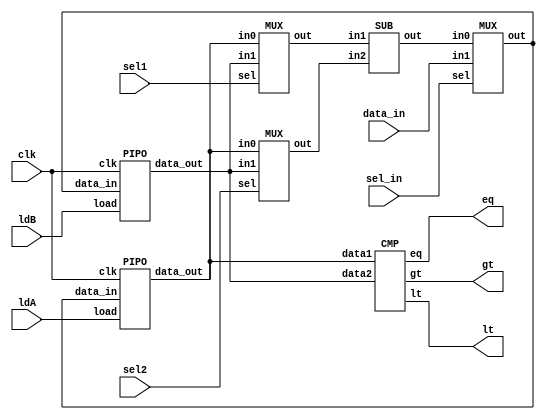
// DATAPATH
module GCD_datapath (gt,lt,eq,ldA,ldB,sel1,sel2,sel_in,data_in,clk);
input ldA,ldB,sel1,sel2,sel_in,clk;
input [15:0] data_in;
output gt,lt,eq;
wire [15:0] Aout,Bout,X,Y,Bus,Subout;



PIPO A (Aout,Bus,ldA,clk);
PIPO B (Bout,Bus,ldB,clk);
MUX MUX_in1 (X,Aout,Bout,sel1);
MUX MUX_in2 (Y,Aout,Bout,sel2);
MUX MUX_load (Bus,Subout,data_in,sel_in);
CMP COMP (lt,gt,eq,Aout,Bout);
SUB SB(Subout,X,Y);
endmodule

module PIPO (data_out,data_in,load,clk);
input [15:0] data_in;
input load,clk;
output reg[15:0] data_out;

always @(posedge clk)
 if(load) data_out <= data_in;                  // sequential circuit so Use non blocking assignments since its a register that stores a value  
endmodule

module SUB (out,in1,in2);
input [15:0] in1,in2;
output reg [15:0] out;

always @(*)
 out = in1 - in2;                               // combinational circuit so blocking assignments 
endmodule

module CMP (lt,gt,eq,data1,data2);
input [15:0] data1,data2;
output lt,gt,eq;

assign lt = data1 < data2;
assign gt = data1 > data2;
assign eq = data1 == data2;
endmodule

module MUX (out,in0,in1,sel);
input [15:0] in0, in1;
input sel;
output [15:0] out;

assign out = sel ? in1 : in0; 
endmodule


// CONTROL PATH

module controller (ldA,ldB,sel1,sel2,sel_in,done,clk,lt,gt,eq,start);
input clk,lt,gt,eq,start;
output reg ldA,ldB,sel1,sel2,sel_in,done;

reg [2:0] state, next_state;
parameter S0 = 3'b000, S1 = 3'b001, S2 = 3'b010, S3 = 3'b011, S4 = 3'b100, S5 = 3'b101;

always@(posedge clk)                // just assign state <= next_state for clk
begin
    state <= next_state;        
end

always @(state)
begin
    case(state)
    S0: begin  sel_in = 1; ldA = 1; ldB = 0; done = 0;  end            // load data_in on bus and onto A register
    S1: begin  sel_in = 1; ldA = 0; ldB = 1;  end                      // load data_in on bus and onto B register                 
    S2:        if  (eq) begin done = 1; next_state = S5; end                                     
               else if (lt) begin 
                            sel1 = 1; sel2 = 0; sel_in = 0; next_state = S3;           // mux1 gives B and mux2 gives A, and result stored in B
                        #1 ldA = 0; ldB = 1;
                            end
               else if (gt) begin 
                            sel1 = 0; sel2 = 1; sel_in = 0; next_state = S4;         // // mux1 gives A and mux2 gives B, and result stored in A
                        #1  ldA = 1; ldB = 0;
                            end
    S3:        if  (eq) begin done = 1;  next_state = S5; end                                     
               else if (lt) begin 
                            sel1 = 1; sel2 = 0; sel_in = 0; next_state = S3;          // mux1 gives B and mux2 gives A, and result stored in B
                        #1 ldA = 0; ldB = 1;
                            end
               else if (gt) begin 
                            sel1 = 0; sel2 = 1; sel_in = 0; next_state = S4;        // // mux1 gives A and mux2 gives B, and result stored in A
                        #1  ldA = 1; ldB = 0;
                            end
    S4:        if  (eq) begin done = 1;  next_state = S5; end          
               else if (lt) begin 
                            sel1 = 1; sel2 = 0; sel_in = 0; next_state = S3;          // mux1 gives B and mux2 gives A, and result stored in B
                        #1  ldA = 0; ldB = 1;
                            end
               else if (gt) begin 
                            sel1 = 0; sel2 = 1; sel_in = 0; next_state = S4;        // // mux1 gives A and mux2 gives B, and result stored in A
                        #1  ldA = 1; ldB = 0;
                            end
    S5:begin done=1; sel1=0; sel2=0; ldA=0;ldB=0;next_state = S5; end
    default: begin ldA= 0; ldB = 0; next_state = S0; end
    endcase
end                                
endmodule